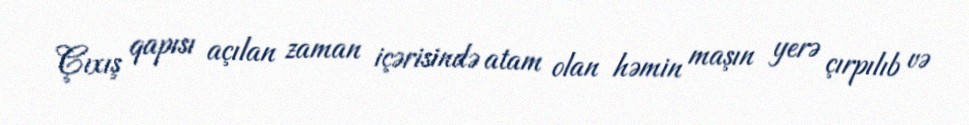
Çıxış qapısı açılan zaman içərisində atam olan həmin maşın yerə çırpılıb və